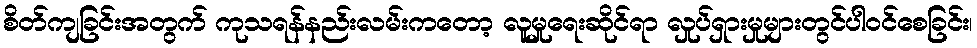
စိတ်ကျခြင်းအတွက် ကုသရန်နည်းလမ်းကတော့ လူမှုရေးဆိုင်ရာ လှုပ်ရှားမှုများတွင်ပါဝင်စေခြင်း၊